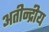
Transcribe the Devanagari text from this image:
अतीन्‍द्रीय